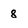
Character: 8